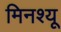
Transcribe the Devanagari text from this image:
मिनश्यू